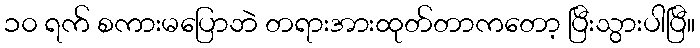
၁၀ ရက် စကားမပြောဘဲ တရားအားထုတ်တာကတော့ ပြီးသွားပါပြီ။